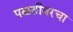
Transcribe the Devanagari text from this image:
पळतीवरचा